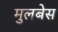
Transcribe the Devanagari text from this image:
मुलबेस